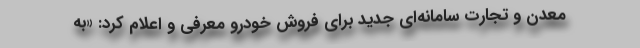
معدن و تجارت‌ سامانه‌ای جدید برای فروش خودرو معرفی و اعلام کرد: «به